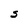
Character: S